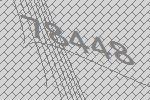
78448